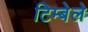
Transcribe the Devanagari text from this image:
टिम्बेले